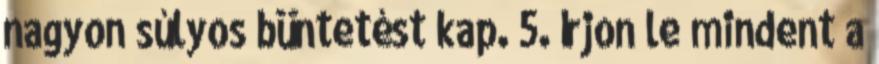
nagyon súlyos büntetést kap. 5. Írjon le mindent a